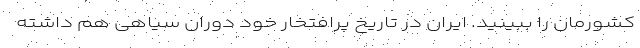
کشورمان را ببینید. ایران در تاریخ پرافتخار خود دوران سیاهی هم داشته